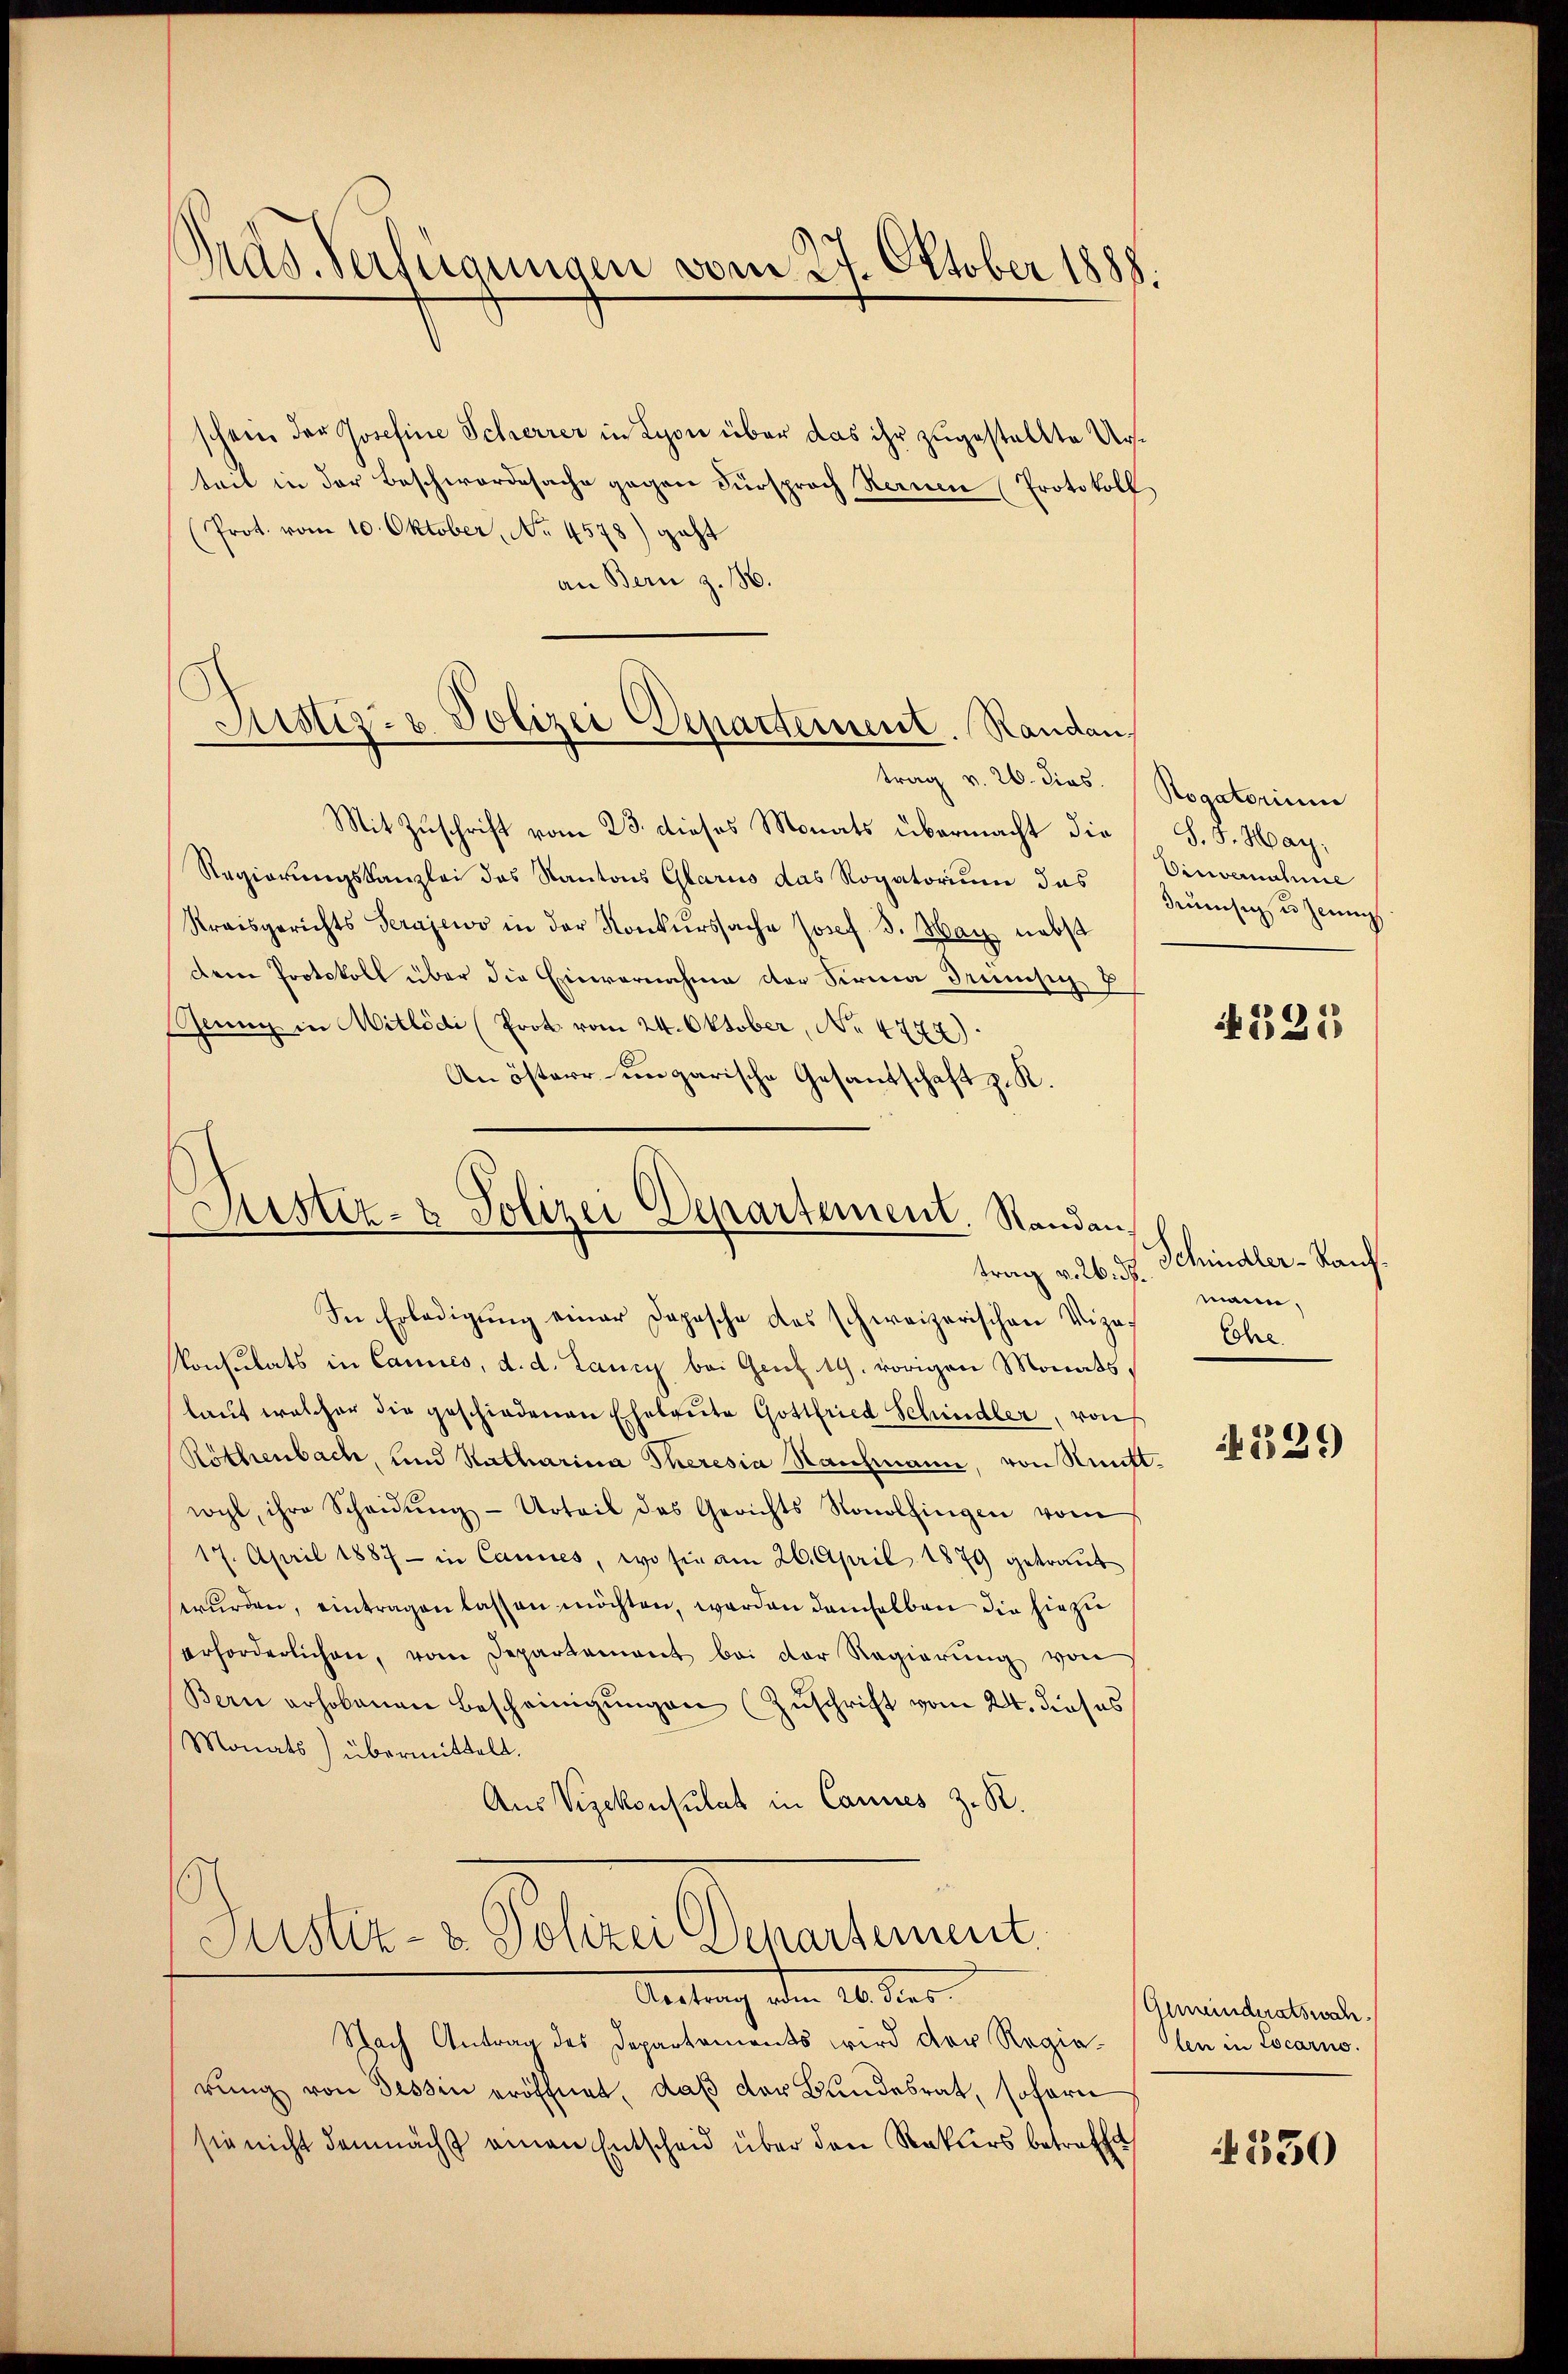
Pras. Verfügungen vom 27. Oktober 1888.

schein der Josefine Scherrer in Lyon über das ihr zugestellte Ursteil in der Beschwordesache gegen Fürsprach Kernen (Protokoll.
(Prot. vom 10. Oktober, No. 4578) geht
an Bern z. 186.
trag v. 26. dies
Mit Zuschrift vom 23. dieses Monats übermacht die
Regierungskanzlei des Kantons Glarus das Rogatorium das
Kraisgerichts Serajewo in der Konkurssache Josef 3. War nebst
Dem Protokoll über die Einvernahme der Firma drumsig E
Genug in Mitlödi (Prot vom 24. Oktober, No. 4772).
An österr ungarische Gesandschaft z. K.

Justiz- & Polizei Departement. Randan

Justiz- & Polizei Departement. Randan
trag v. 26. d.

In Erledigŭng einer Dopische das schweizerischen Vize- Ehe.
Konsulats in Cannes, d. d. Lancy bei Genz. 19. vorigen Monats,
laŭt welcher die geschiedenen Eheleute Gottfried Schindler, von
Röthenbach, und Katharina Theresia Nanchmann, von Nut
wogt, ihre Scheidŭng- Urteil des Gerichts Konolfingen vom
17. April 1887 - in Cannes, wo sie am 26. April 1879 getraŭt
wurden, eintragen lassen möchten, worden demselben die hiezu
erforderlichen, vom Departement bei der Regierŭng von
Bern erhobenen Bescheinigungen (Zuschrift vom 24. dieses
Monats übermittelt.
Aus Vizekonsulat in Cannes z. B.
Justiz- & Polizei Departement.
Wertung dem 20. der
Nach Antrag des Departements wird der Regierŭng von Tessin eröffnet, daß der Bundesrat, sofern
sie nicht demnächst einen Entscheid über den Rekurs betreffe

Rogatorium
S.S. May,
Vincernahme
deumsig u. Jenn

.

N 225

Schindler-Kanz.
mann,

4339

Gemeinderatswahlen in Locarno.

4350